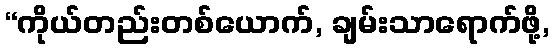
“ကိုယ်တည်းတစ်ယောက်, ချမ်းသာရောက်ဖို့,